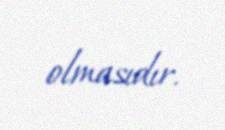
olmasıdır.